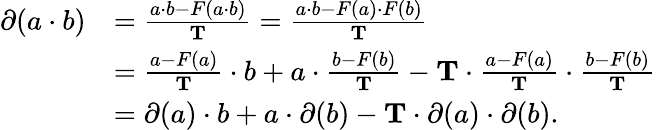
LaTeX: \begin{array}{rl}{\partial(a\cdot b)}&{=\frac{a\cdot b-F(a\cdot b)}{\mathbf T}=\frac{a\cdot b-F(a)\cdot F(b)}{\mathbf T}}\\ &{=\frac{a-F(a)}{\mathbf T}\cdot b+a\cdot\frac{b-F(b)}{\mathbf T}-\mathbf T\cdot\frac{a-F(a)}{\mathbf T}\cdot\frac{b-F(b)}{\mathbf T}}\\ &{=\partial(a)\cdot b+a\cdot\partial(b)-{\mathbf T}\cdot\partial(a)\cdot\partial(b).}\end{array}